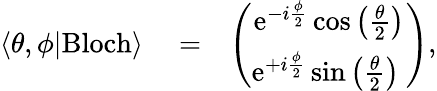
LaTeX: \begin{array}{rlr}{\langle\theta,\phi|\mathrm{Bloch}\rangle}&{{}=}&{\left(\begin{array}{c}{\mathrm{e}^{-i\frac{\phi}{2}}\cos\left(\frac{\theta}{2}\right)}\\ {\mathrm{e}^{+i\frac{\phi}{2}}\sin\left(\frac{\theta}{2}\right)\ }\end{array}\right),}\end{array}